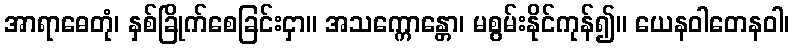
အာရာဓေတုံ၊ နှစ်ခြိုက်စေခြင်းငှာ။ အသက္ကောန္တော၊ မစွမ်းနိုင်ကုန်၍။ ယေနဝါတေနဝါ၊